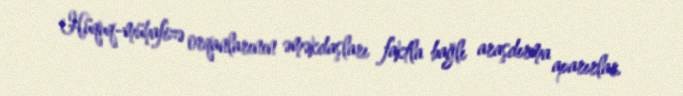
Hüquq-mühafizə orqanlarının əməkdaşları faktla bağlı araşdırma aparırlar.